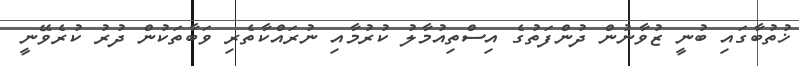
ޚުތުބާގައި ބުނީ ޒުވާނުން ދުންފަތުގެ އިސްތިއުމާލު ކުރުމާއި ނުރައްކާތެރި ވަބާތަކުން ދުރު ކުރެވޭނީ